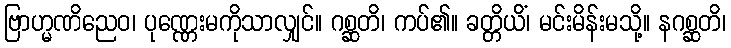
ဗြာဟ္မဏိညေဝ၊ ပုဏ္ဏေးမကိုသာလျှင်။ ဂစ္ဆတိ၊ ကပ်၏။ ခတ္တိယိံ၊ မင်းမိန်းမသို့။ နဂစ္ဆတိ၊